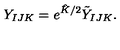
Y _ { I J K } = e ^ { { \hat { K } } / 2 } { \tilde { Y } } _ { I J K } .